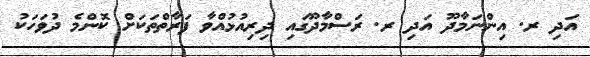
އަދި ރ. އިންނަމާދޫ އަދި ރ. ރަސްމާދޫގައި ދިރިއުޅުއްވާ ފަރާތްތަކަށް ކޮންމެ ދުވަހަކު